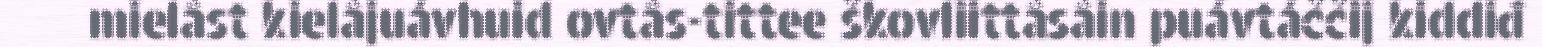
mielâst kielâjuávhuid ovtâs-tittee škovliittâsâin puávtáččij kiddiđ